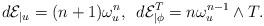
LaTeX: \begin{align*}d\mathcal{E}_{|u}=(n+1)\omega_{u}^{n},\,\,\, d\mathcal{E}_{|\phi}^{T}=n\omega_{u}^{n-1}\wedge T.\end{align*}